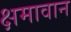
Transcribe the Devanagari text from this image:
क्षमावान